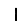
Digit: 1